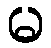
မ